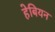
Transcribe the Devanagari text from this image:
हेबियन